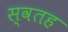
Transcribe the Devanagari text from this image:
स्वतह